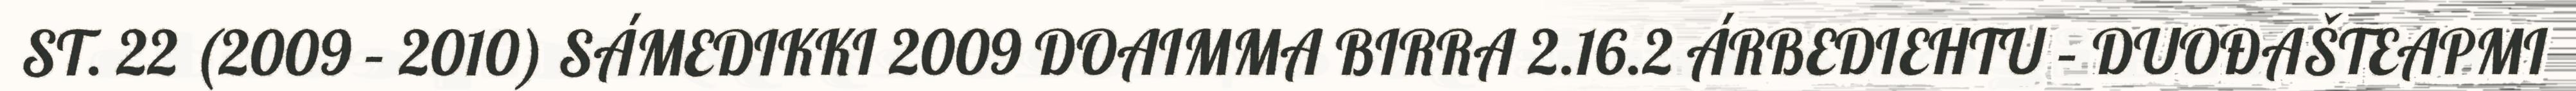
ST. 22 (2009 – 2010) SÁMEDIKKI 2009 DOAIMMA BIRRA 2.16.2 ÁRBEDIEHTU – DUOĐAŠTEAPMI